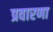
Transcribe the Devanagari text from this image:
प्रवारणा